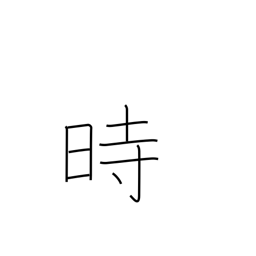
Meaning: hour